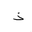
Letter: _thal